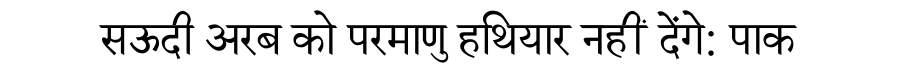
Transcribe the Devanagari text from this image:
सऊदी अरब को परमाणु हथियार नहीं देंगे: पाक